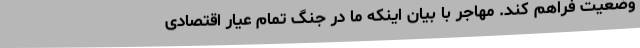
وضعیت فراهم کند. مهاجر با بیان اینکه ما در جنگ تمام عیار اقتصادی